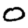
Digit: 0